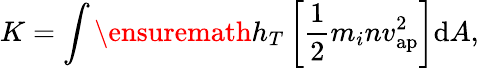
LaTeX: K=\int\ensuremath{h_{T}}\left[\frac{1}{2}m_{i}nv_{\mathrm{ap}}^{2}\right]\mathrm{d}A,